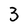
Character: 3